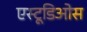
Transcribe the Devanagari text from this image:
एस्टूडिओस